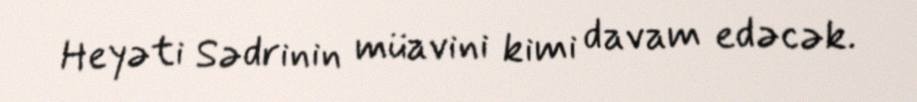
Heyəti Sədrinin müavini kimi davam edəcək.